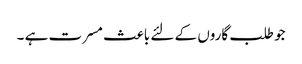
جو طلب گاروں کے لئے باعث مسرت ہے ۔